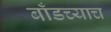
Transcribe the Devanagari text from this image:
बाँडच्याच